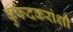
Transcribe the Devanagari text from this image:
कुरूंदकरांशी